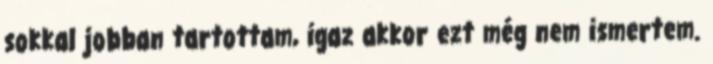
sokkal jobban tartottam, igaz akkor ezt még nem ismertem.